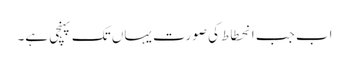
اب جب انحطاط کی صورت یہاں تک پہنچی ہے۔